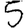
Digit: 5